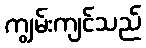
ကျွမ်းကျင်သည်